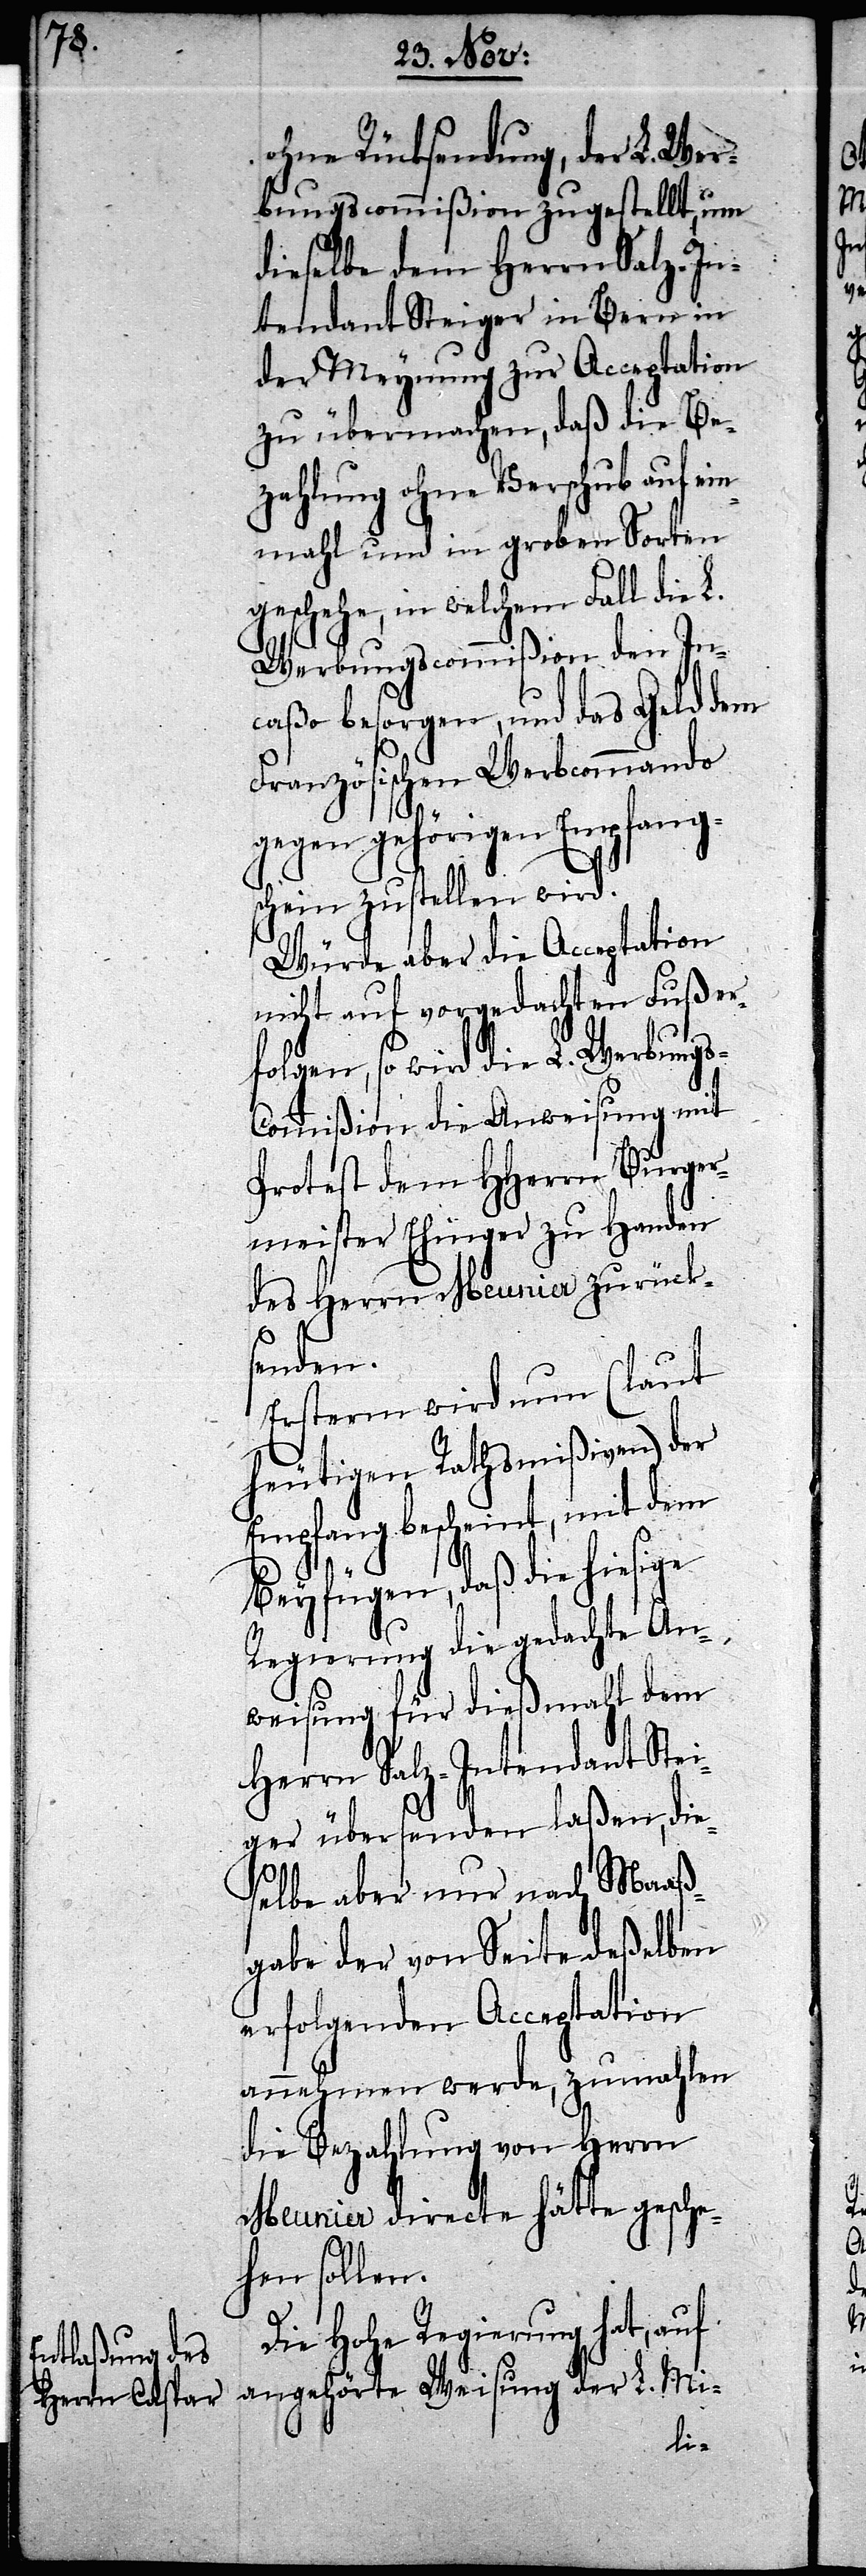
s-C¬

ohne Rücksendung, der L. Wer¬
bungscommißion zugestellt, um
dieselbe dem Herrn Salz-In¬
tendant Steiger in Bern in
der Meynung zur Acceptation
zu übermachen, daß die Be¬
zahlung ohne Verschub auf ein¬
mahl und in groben Sorten
geschehe, in welchem Fall die L.
Werbungscommißion den In¬
caßo besorgen, und das Geld dem
Französischen Werbcommando
gegen gehörigen Empfang¬
schein zustellen wird.
Würde aber die Acceptation
nicht auf vorgedachten Fuß er¬
folgen, so wird die L. Werbung¬
ommißion die Anweisung mit
Protest dem HHerrn Burger¬
meister Ehinger zu Handen
des Herrn Meunier zurück¬
senden.
Ersterm wird nun (laut
heutigen Rathsmißiven) der
Empfang bescheint, mit dem
Beyfügen, daß die hiesige
Regierung die gedachte An¬
weisung für dießmahl dem
Herrn Salz-Intendant Stei¬
ger übersenden laßen, die¬
selbe aber nur nach Maaß¬
gabe der von Seite deßelben
erfolgenden Acceptation
annehmen werde, zumahlen
die Bezahlung von Herrn
Meunier directe hätte gesche¬
hen sollen.
Die Hohe Regierung hat, auf
angehörte Weisung der L. Mi-